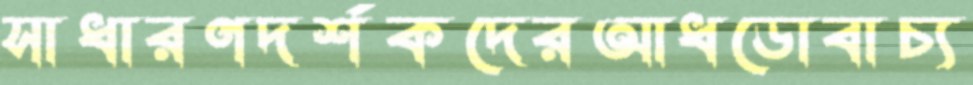
সাধারণদর্শকদেরআধডোবাচ্য